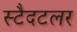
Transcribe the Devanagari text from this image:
स्टैदटलर